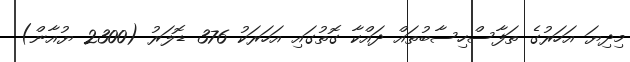
މިދިޔަ އަހަރުގެ ތަފާސްހިސާބުތައް ދައްކާ ގޮތުގައި އަހަރަކު 376 ޑޮލަރު (2300 ޔުއާން)